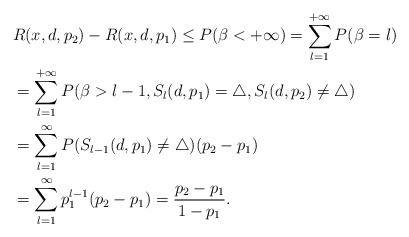
\begin{align*}&R(x,d,p_2)-R(x,d,p_1)\leq P(\beta<+\infty)=\sum_{l=1}^{+\infty}P(\beta=l)\\&=\sum_{l=1}^{+\infty}P(\beta>l-1,S_l(d,p_1)=\triangle,S_l(d,p_2)\neq\triangle)\\&=\sum_{l=1}^{\infty}P(S_{l-1}(d,p_1)\neq \triangle)(p_2-p_1)\\&=\sum_{l=1}^{\infty}p_1^{l-1}(p_2-p_1)=\frac{p_2-p_1}{1-p_1}.\end{align*}